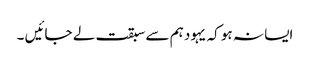
ایسا نہ ہو کہ یہود ہم سے سبقت لے جائیں ۔